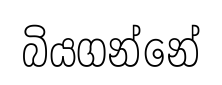
බියගන්නේ